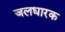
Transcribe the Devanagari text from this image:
जलधारक